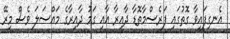
އެނގިފައިވާ ގޮތުގައި ފަރެސްމާތޮޑާ ދާއިރާ އާއި ގަމު ދާއިރާގެ މައްސަލަ ވެސް މިރޭ